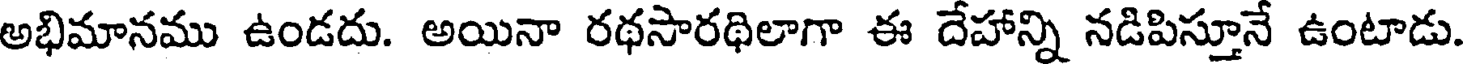
అభిమానము ఉండదు. అయినా రథసారథిలాగా ఈ దేహాన్ని నడిపిస్తూనే ఉంటాడు.